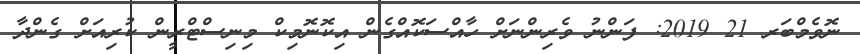
ނޮވެމްބަރ 21 2019: ފަންނު ވެރިންނަށް ހާއްސަކޮއްގެން އިކޮނޮމިކް މިނިސްޓްރީން ކުރިއަށް ގެންދާ